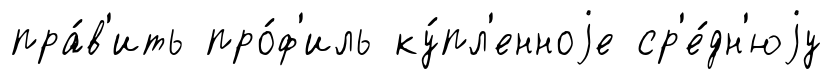
пра́в'ить про́ф'иль ку́пл'енноjе ср'е́дн'юjу